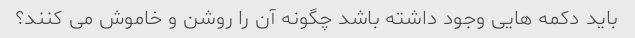
باید دکمه هایی وجود داشته باشد چگونه آن را روشن و خاموش می کنند؟